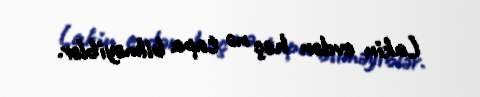
Lakin evdən heç nə tapa bilməyiblər.